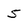
Character: 5